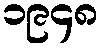
၁၉၄၈